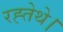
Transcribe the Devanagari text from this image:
रह्तेथे।